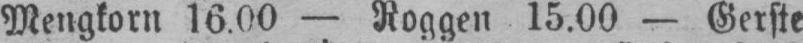
Mengkorn 16.00 - Roggen 15.00 - Gerste